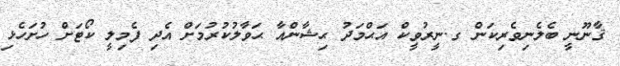
ޤާނޫނީ ބެލެނިވެރިކަން ގ.ނީރުވީކް އަޙްމަދު ޙިޝާންއާ ޙަވާލުކުރުމަށް އެދި ފެމިލީ ކޯޓަށް ހުށަހެޅި